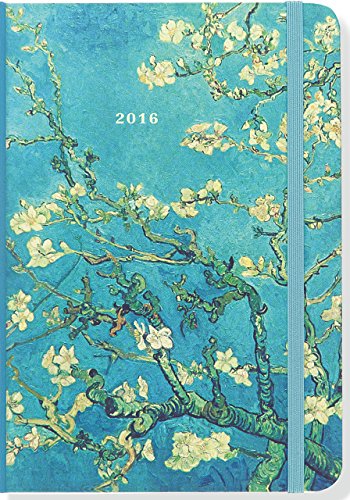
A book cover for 2016 Almond Blossoms Weekly Planner (16-Month Engagement Calendar, Diary); Peter Pauper Press; Calendars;